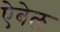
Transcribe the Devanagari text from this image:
ऐबेल